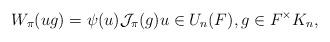
LaTeX: \begin{align*}W_{\pi}(ug) = \psi(u) \mathcal{J}_{\pi}(g) u \in U_n(F), g \in F^\times K_n,\end{align*}